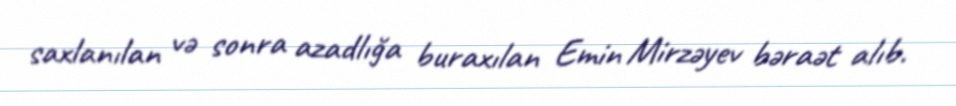
saxlanılan və sonra azadlığa buraxılan Emin Mirzəyev bəraət alıb.